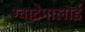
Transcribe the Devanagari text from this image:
ग्वाटेमालाई